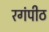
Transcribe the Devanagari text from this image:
रगंपीठ